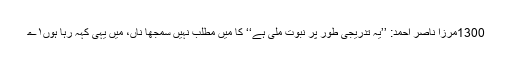
1300مرزا ناصر احمد: ’’یہ تدریجی طور پر نبوّت ملی ہے‘‘ کا میں مطلب نہیں سمجھا ناں، میں یہی کہہ رہا ہوں۱؎۔